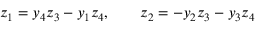
z _ { 1 } = y _ { 4 } z _ { 3 } - y _ { 1 } z _ { 4 } , \qquad z _ { 2 } = - y _ { 2 } z _ { 3 } - y _ { 3 } z _ { 4 }